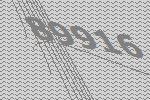
89916